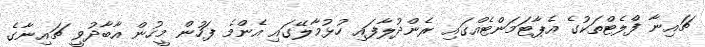
ޗައިނާ ފްލެޓްތަކުގެ އެޕާޓަމަންޓެއްގައި ރެންދުލާފައި ހުޅުމާލޭގައި އެންމެ ފަހުން މީހުން އާބާދުވީ ޗައިނާގެ